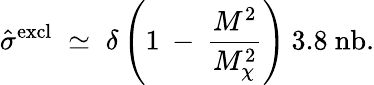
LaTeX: \hat{\sigma}^{\mathrm{excl}}\; \simeq\; \delta\left(1\: -\: \frac{M^{2}}{M_{\chi}^{2}}\right)\: 3.8~\mathrm{nb}.